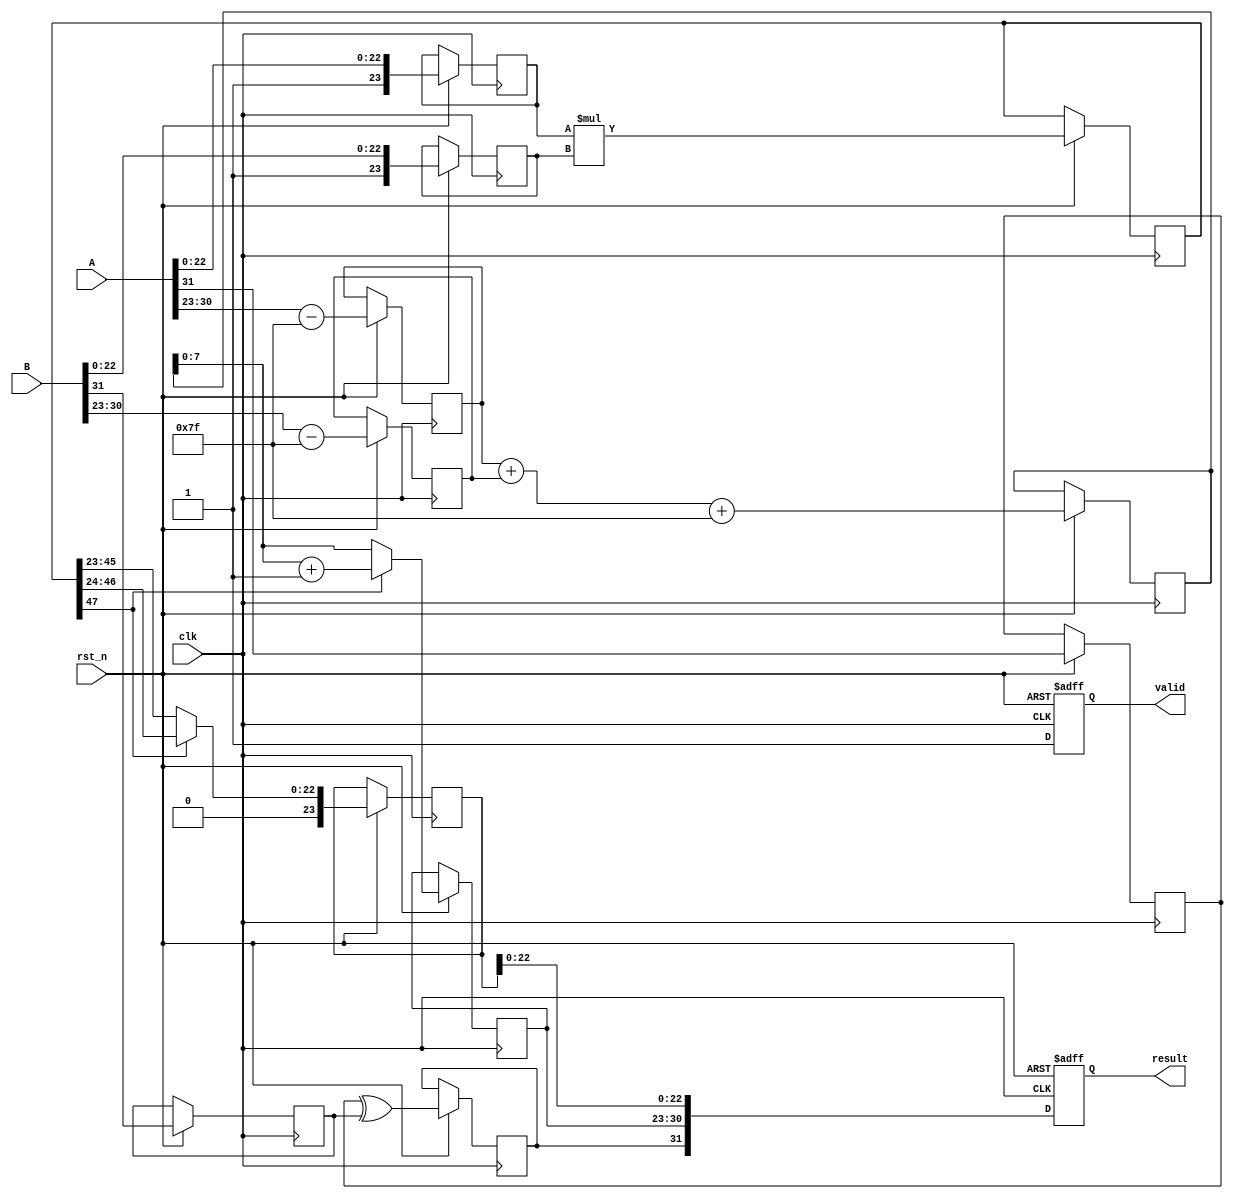
module fp_multiplier (
    input wire clk,
    input wire rst_n,
    input wire [31:0] A,
    input wire [31:0] B,
    output reg [31:0] result,
    output reg valid
);

    // Internal signals
    reg [7:0] exp_A, exp_B, exp_result;
    reg [23:0] mant_A, mant_B, mant_result;
    reg sign_A, sign_B, sign_result;
    reg [47:0] mant_product; // 24 + 24 bits for product
    reg [8:0] adjusted_exp;  // 8 bits for exponent + 1 bit for overflow

    // Decompose inputs
    always @(posedge clk or negedge rst_n) begin
        if (!rst_n) begin
            result <= 32'b0;
            valid <= 1'b0;
        end else begin
            // Decompose A
            sign_A <= A[31];
            exp_A <= A[30:23] - 8'd127; // Unbiased exponent
            mant_A <= {1'b1, A[22:0]}; // Implicit leading 1

            // Decompose B
            sign_B <= B[31];
            exp_B <= B[30:23] - 8'd127; // Unbiased exponent
            mant_B <= {1'b1, B[22:0]}; // Implicit leading 1

            // Multiply mantissas
            mant_product <= mant_A * mant_B;

            // Calculate resulting exponent
            adjusted_exp <= exp_A + exp_B + 8'd127; // Add bias back

            // Check for normalization
            if (mant_product[47]) begin
                // Normalized case
                mant_result <= mant_product[46:24]; // Shift right
                exp_result <= adjusted_exp + 1; // Increment exponent
            end else begin
                // Denormalized case
                mant_result <= mant_product[45:23]; // Keep as is
                exp_result <= adjusted_exp; // Keep exponent
            end

            // Determine sign of result
            sign_result <= sign_A ^ sign_B;

            // Assemble result
            result <= {sign_result, exp_result[7:0], mant_result[22:0]};
            valid <= 1'b1; // Indicate valid output
        end
    end

endmodule